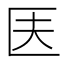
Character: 𠤱